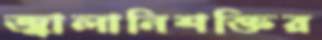
জ্বালানিশক্তির